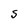
Character: S